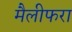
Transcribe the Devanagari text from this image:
मैलीफरा